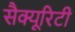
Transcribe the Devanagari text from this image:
सैक्यूरिटी